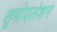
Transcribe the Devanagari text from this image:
सूमोयलेशन